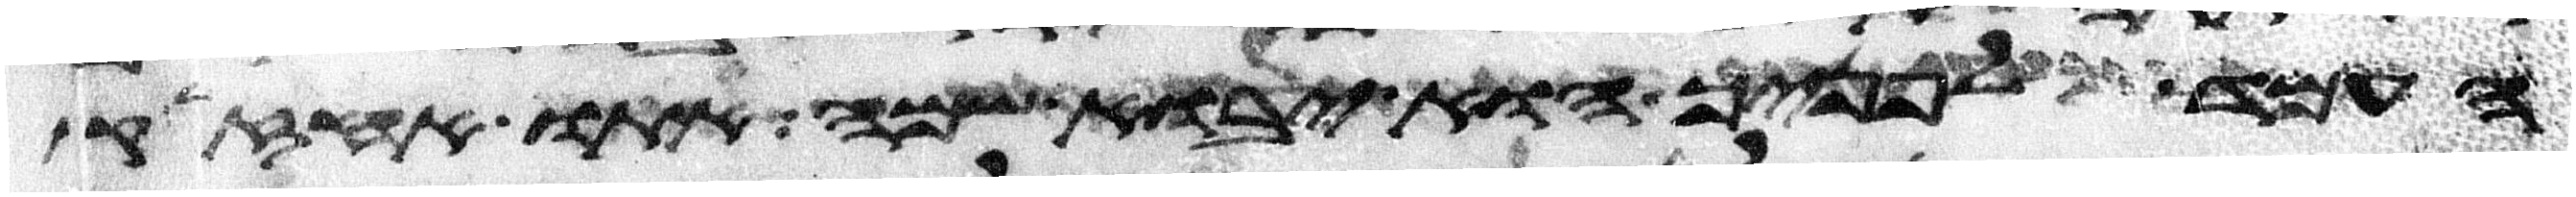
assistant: העמד לפניך הוא יבוא שמה אתו אחזיק